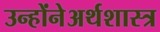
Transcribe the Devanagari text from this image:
उन्होंनेअर्थशास्त्र